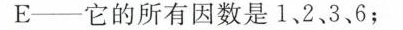
E──它的所有因数是1、2、3、6；